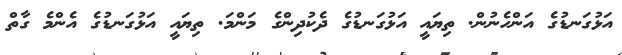
އަޅުގަނޑުގެ އަންހެނުން. ތިޔައީ އަޅުގަނޑުގެ ދެކުދިންގެ މަންމަ. ތިޔައީ އަޅުގަނޑުގެ އެންމެ ގާތް